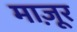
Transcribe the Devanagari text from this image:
माज़ूर